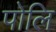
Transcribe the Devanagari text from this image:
पोलि